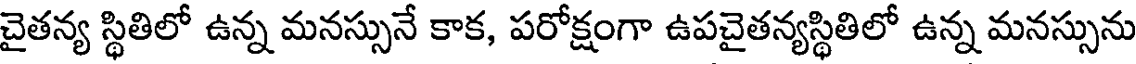
చైతన్య స్థితిలో ఉన్న మనస్సునే కాక, పరోక్షంగా ఉపచైతన్యస్థితిలో ఉన్న మనస్సును